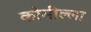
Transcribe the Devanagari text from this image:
कोमील्ला